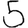
Digit: 5